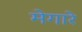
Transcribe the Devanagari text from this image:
मेगारे